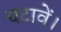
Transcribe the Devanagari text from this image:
चटावें।